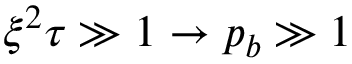
\begin{array} { r } { \xi ^ { 2 } \tau \gg 1 \rightarrow p _ { b } \gg 1 } \end{array}